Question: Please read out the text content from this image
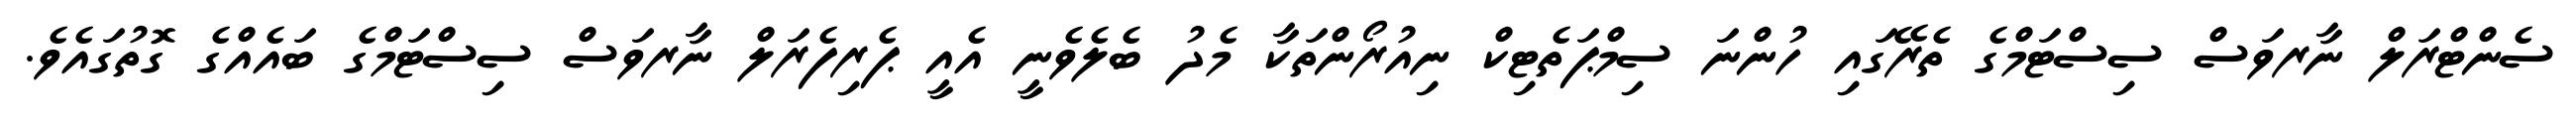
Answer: ސެންޓްރަލް ނާރވަސް ސިސްޓަމްގެ ތެރޭގައި ހުންނަ ސިމްޕަތެޓިކް ނިއުރޯންތަކާ މެދު ބެލެވެނީ އެއީ ޕެރިފެރަލް ނާރވަސް ސިސްޓަމްގެ ބައެއްގެ ގޮތުގައެވެ.